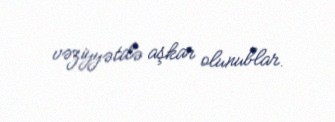
vəziyyətdə aşkar olunublar.